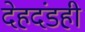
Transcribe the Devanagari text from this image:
देहदंडही